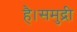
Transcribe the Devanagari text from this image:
है।समुद्री